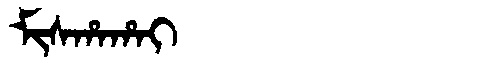
Manchu: ᠮᡳᠰᡥᠠᡥᠠᡳ
Romanization: MISHAHAI